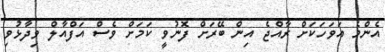
އެންމެ އަވަހަކަށް ރާއްޖެ އިން ބޭރަށް ފޮނުވީ ކަމަށް ވެސް އަފްއާލް ވިދާޅުވި